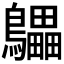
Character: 𲍩